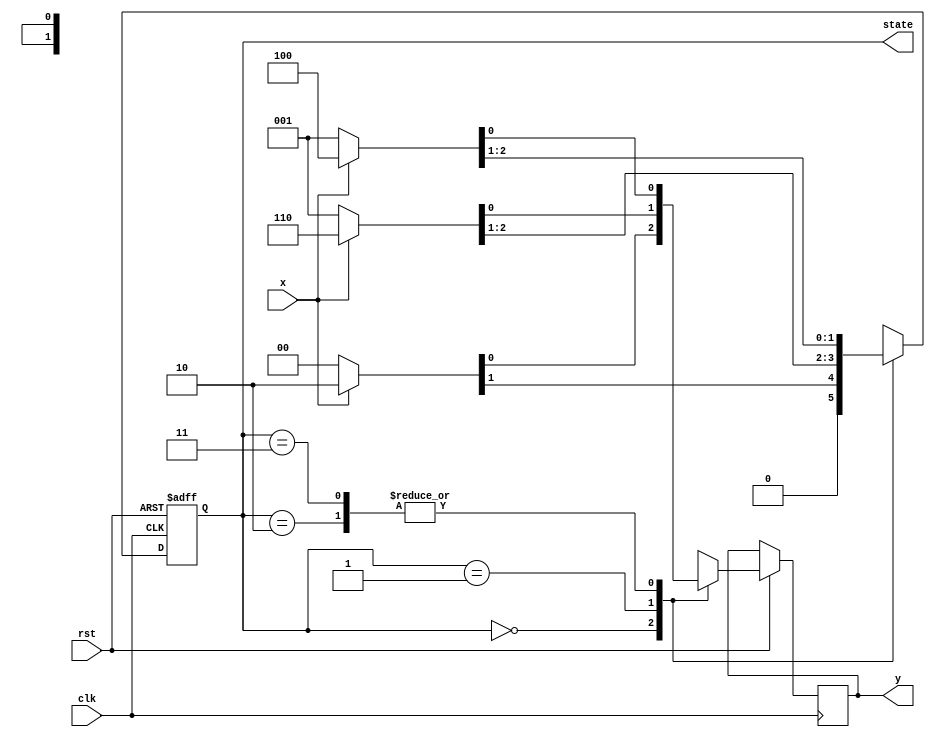
`timescale 1ns / 1ps
//////////////////////////////////////////////////////////////////////////////////
// Company: 
// Engineer: 
// 
// Design Name: 
// Module Name: report5_SM1
// Project Name: 
// Target Devices: 
// Tool Versions: 
// Description: 
// 
// Dependencies: 
// 
// Revision:
// Revision 0.01 - File Created
// Additional Comments:
// 
//////////////////////////////////////////////////////////////////////////////////


module report5_SM1(clk, rst, x, y, state);
input clk, rst, x;
output reg [1:0] state;
output reg y;

always @(negedge rst or posedge clk) begin
if(!rst) state<=2'b00;
else begin
case(state)
2'b00: {state,y}<=x?3'b010:3'b000;
2'b01: {state,y}<=x?3'b110:3'b001;
2'b10: {state,y}<=x?3'b100:3'b001;
2'b11: {state,y}<=x?3'b100:3'b001;
endcase
end
end
endmodule